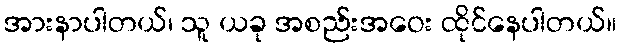
အားနာပါတယ်၊ သူ ယခု အစည်းအဝေး ထိုင်နေပါတယ်။